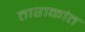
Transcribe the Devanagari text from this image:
ताराकांत